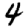
Digit: 4